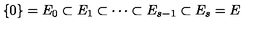
\{ 0 \} = E _ { 0 } \subset E _ { 1 } \subset \cdots \subset E _ { s - 1 } \subset E _ { s } = E